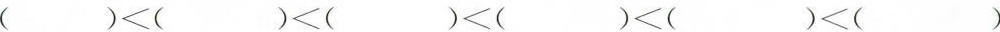
（）<（）<（）<（）<（）<（）